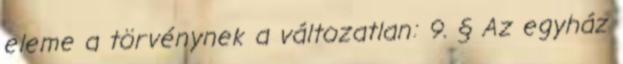
eleme a törvénynek a változatlan: 9. § Az egyház